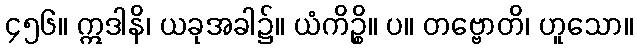
၄၅၆။ ဣဒါနိ၊ ယခုအခါ၌။ ယံကိဉ္စိ။ ပ။ တဗ္ဗောတိ၊ ဟူသော။